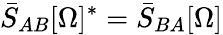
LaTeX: \bar{S}_{AB}[\Omega]^{*}=\bar{S}_{BA}[\Omega]